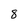
Character: 8